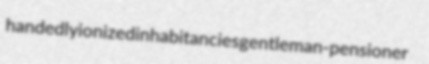
handedly ionized inhabitancies gentleman-pensioner